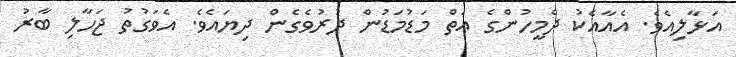
އަޅާލިއެވެ. އެއާއެކު ދެމީހުންގެ އަތް މަޑުމަޑުން ދުރުވެގެން ދިޔައެވެ. އެވަގުތު ޖަހާލި ބާރު